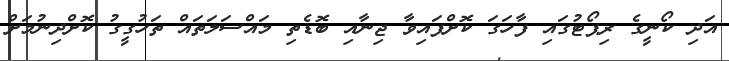
އަދި ކޯނީގެ ރިޕޯޓުގައި ފާހަގަ ކޮށްފައިވާ ޖިނާއި ބޮޑެތި މައްސަލަތައް ތަހުގީގު ކޮށްދިނުމަށް